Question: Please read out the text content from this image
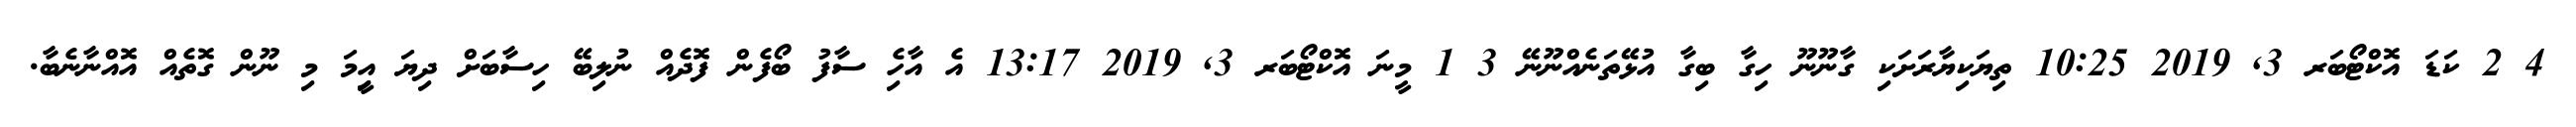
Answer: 4 2 ކަޑަ އޮކްޓޯބަރ 3, 2019 10:25 ތިޔަކިޔާރަށަކި ގާނޫނޫ ހިގާ ބިގާ އުޅޭތަނެއްނޫނޭ 3 1 މީނަ އޮކްޓޯބަރ 3, 2019 13:17 އެ އާހެި ސާފު ބޯފެން ފޮދެއް ނުލިބޭ ހިސާބަށް ދިޔަ އިީމަ މި ނޫން ގޮތެއް އޮއްނާނެބާ.